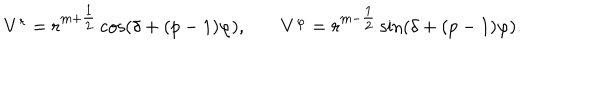
LaTeX: \begin{array} { c c c } { { V ^ { r } = r ^ { m + { \textstyle { \frac { 1 } { 2 } } } } \cos ( \delta + ( p - 1 ) \varphi ) , } } & { { } } & { { V ^ { \varphi } = r ^ { m - { \textstyle { \frac { 1 } { 2 } } } } \sin ( \delta + ( p - 1 ) \varphi ) . } } \\ \end{array}